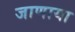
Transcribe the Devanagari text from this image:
जाणाया